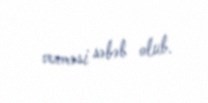
verməsi səbəb olub.